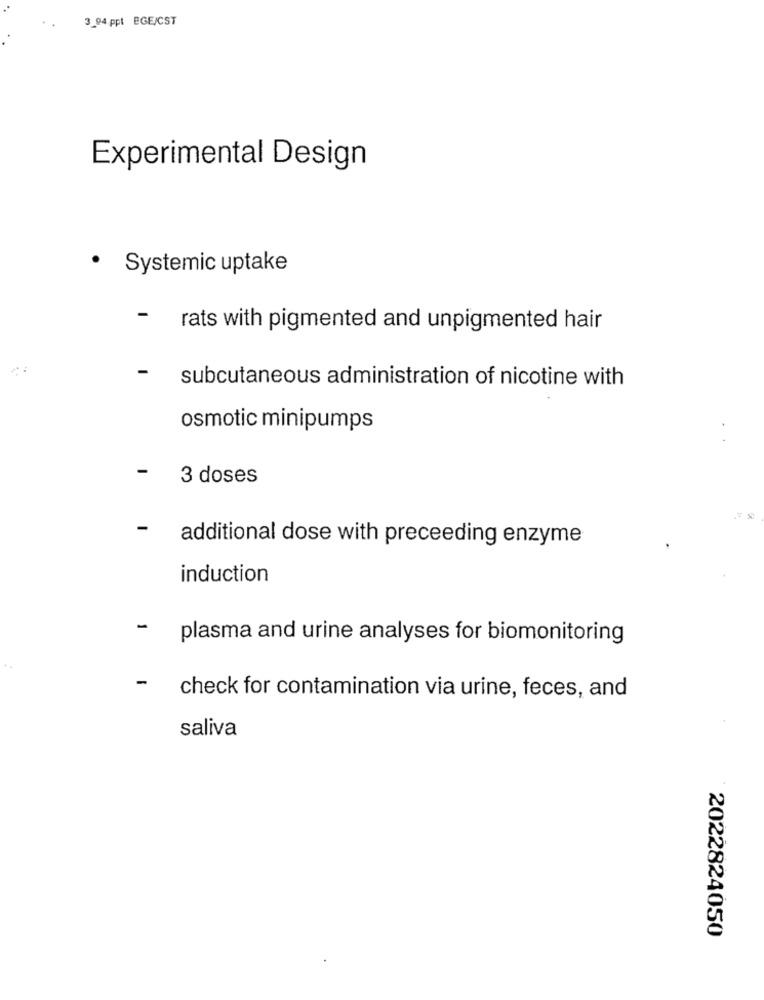
3_04.ppt BGE/CST
Experimental Design
· Systemic uptake
- rats with pigmented and unpigmented hair
-
subcutaneous administration of nicotine with
osmotic minipumps
-
3 doses
-
additional dose with preceeding enzyme
induction
- plasma and urine analyses for biomonitoring
-
check for contamination via urine, feces, and
saliva
2022824050